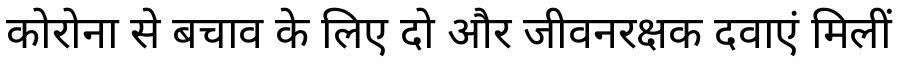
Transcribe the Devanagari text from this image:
कोरोना से बचाव के लिए दो और जीवनरक्षक दवाएं मिलीं